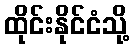
ထိုင်းနိုင်ငံသို့